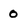
Character: 0